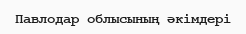
Павлодар облысының әкімдері